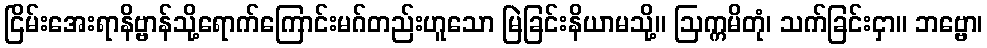
ငြိမ်းအေးရာနိဗ္ဗာန်သို့ရောက်ကြောင်းမဂ်တည်းဟူသော မြဲခြင်းနိယာမသို့။ ဩက္ကမိတုံ၊ သက်ခြင်းငှာ။ ဘဗ္ဗော၊